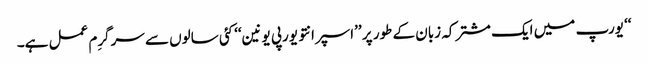
‘‘ یورپ میں ایک مشترکہ زبان کے طور پر ’’اسپرانتو یورپی یونین‘‘ کئی سالوں سے سرگرِم عمل ہے۔